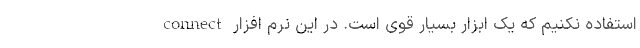
connect استفاده نکنیم که یک ابزار بسیار قوی است. در این نرم افزار